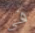
فى